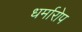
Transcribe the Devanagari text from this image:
धर्मारोप